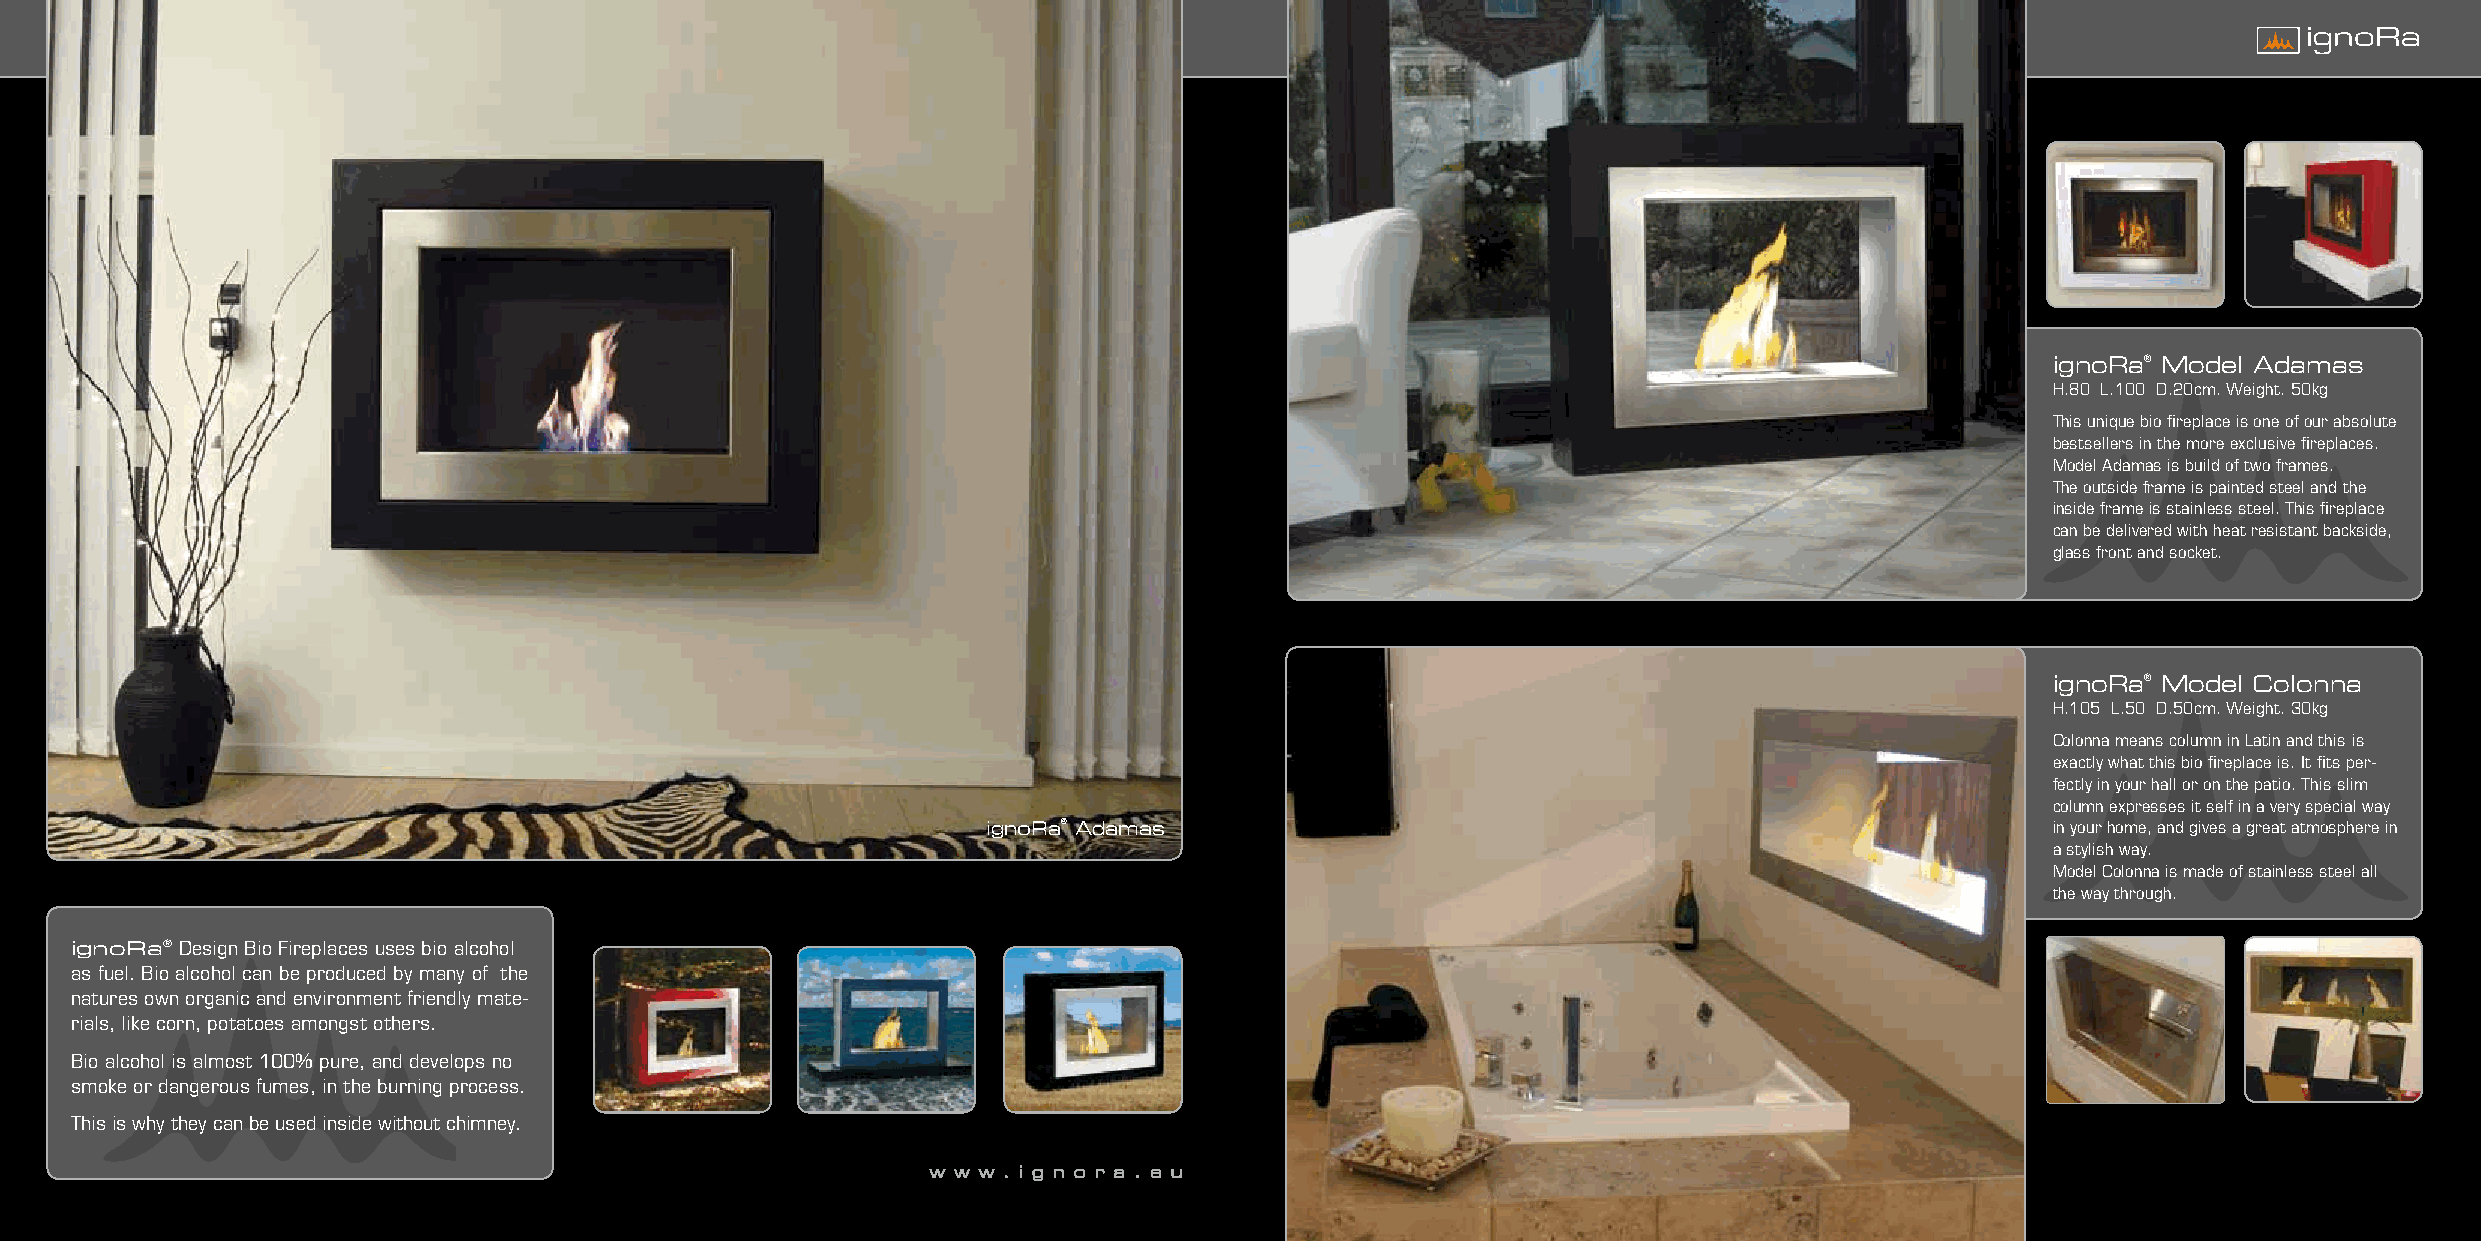
ignoRa® Model Adamas
 H.80 L.100 D.20cm. Weight. 50kg
 This unique bio fireplace is one of our absolute
 bestsellers in the more exclusive fireplaces.
 Model Adamas is build of two frames.
 The outside frame is painted steel and the
 inside frame is stainless steel. This fireplace
 can be delivered with heat resistant backside,
 glass front and socket.
 ignoRa® Model Colonna
 H.105 L.50 D.50cm. Weight. 30kg
 Colonna means column in Latin and this is
 exactly what this bio fireplace is. It fits per-
 fectly in your hall or on the patio. This slim
 column expresses it self in a very special way
 ignoRa® Adamas                                                         in your home, and gives a great atmosphere in
 a stylish way.
 Model Colonna is made of stainless steel all
 the way through.
 ignoRa® Design Bio Fireplaces uses bio alcohol
 as fuel. Bio alcohol can be produced by many of the
 natures own organic and environment friendly mate-
 rials, like corn, potatoes amongst others.
 Bio alcohol is almost 100% pure, and develops no
 smoke or dangerous fumes, in the burning process.
 This is why they can be used inside without chimney.
 w w w . i g n o r a . e u